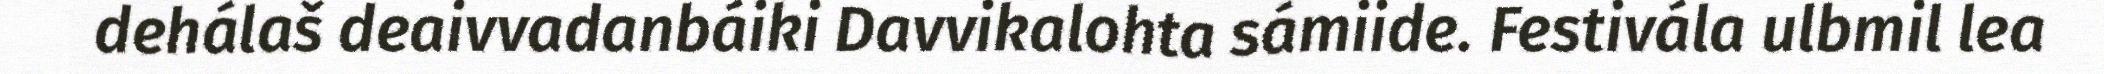
dehálaš deaivvadanbáiki Davvikalohta sámiide. Festivála ulbmil lea